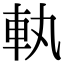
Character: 𮜿